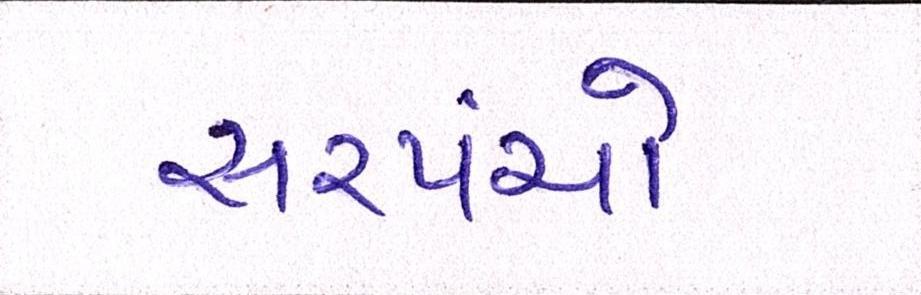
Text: સરપંચો